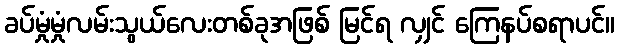
ခပ်မှုံမှုံလမ်းသွယ်လေးတစ်ခုအဖြစ် မြင်ရ လျှင် ကြေနပ်စရာပင်။